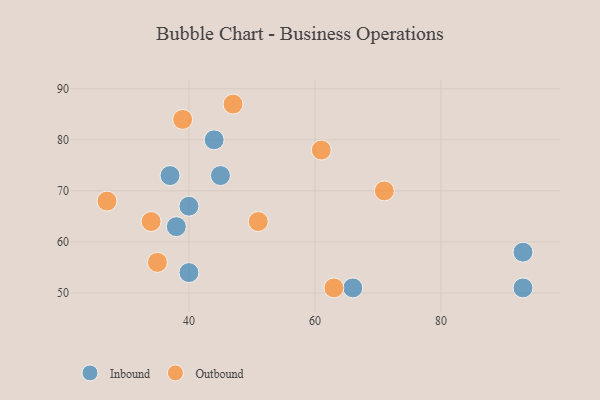
{"axis": {"x": "GDP", "y": "Life Expectancy"}, "legend": ["Inbound", "Outbound"], "data": [{"x": "93", "y": 58, "type": "Inbound"}, {"x": "40", "y": 54, "type": "Inbound"}, {"x": "38", "y": 63, "type": "Inbound"}, {"x": "40", "y": 67, "type": "Inbound"}, {"x": "37", "y": 73, "type": "Inbound"}, {"x": "45", "y": 73, "type": "Inbound"}, {"x": "44", "y": 80, "type": "Inbound"}, {"x": "66", "y": 51, "type": "Inbound"}, {"x": "93", "y": 51, "type": "Inbound"}, {"x": "34", "y": 64, "type": "Outbound"}, {"x": "35", "y": 56, "type": "Outbound"}, {"x": "39", "y": 84, "type": "Outbound"}, {"x": "27", "y": 68, "type": "Outbound"}, {"x": "63", "y": 51, "type": "Outbound"}, {"x": "71", "y": 70, "type": "Outbound"}, {"x": "61", "y": 78, "type": "Outbound"}, {"x": "51", "y": 64, "type": "Outbound"}, {"x": "47", "y": 87, "type": "Outbound"}]}